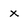
Character: x